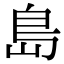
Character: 島